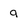
Character: a